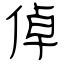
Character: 倬